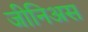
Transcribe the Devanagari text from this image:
जीनिअस